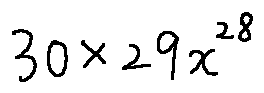
3 0 \times 2 9 x ^ { 2 8 }